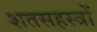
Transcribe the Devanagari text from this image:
शतसहस्त्रों